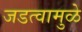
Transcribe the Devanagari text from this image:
जडत्वामुळे